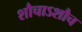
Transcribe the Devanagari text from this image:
शौचाऽशौच